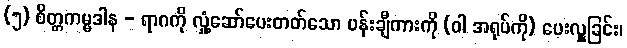
(၅) စိတ္တကမ္မဒါန - ရာဂကို လှုံ့ဆော်ပေးတတ်သော ပန်းချီကားကို (ဝါ အရုပ်ကို) ပေးလှူခြင်း၊